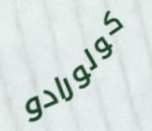
كولورادو